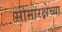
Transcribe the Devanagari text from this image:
सीमारक्षेच्या